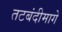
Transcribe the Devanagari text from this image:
तटबंदीमागे